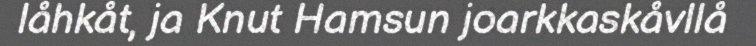
låhkåt, ja Knut Hamsun joarkkaskåvllå